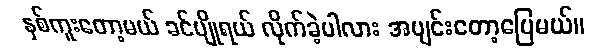
နှစ်ကူးတော့မယ် ခင်ပျိုရယ် လိုက်ခဲ့ပါလား အပျင်းတော့ပြေမယ်။